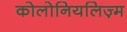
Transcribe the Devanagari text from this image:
कोलोनियलिज़्म